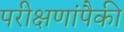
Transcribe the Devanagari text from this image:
परीक्षणांपैकी